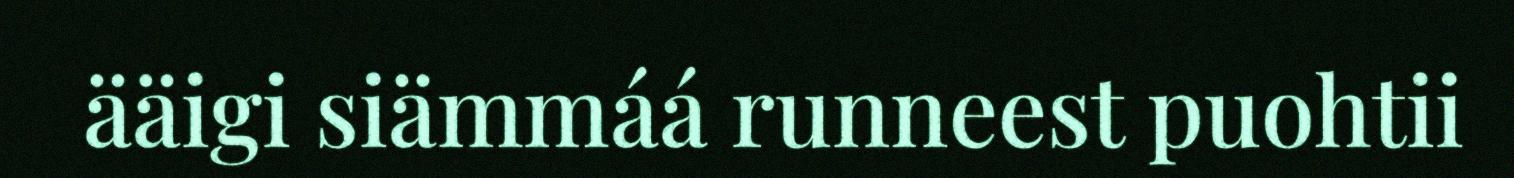
ääigi siämmáá runneest puohtii